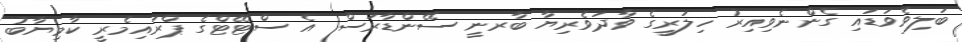
ބަލިވެވަޑައި ގެންނެވިއިރު ހިލަރީގެ ވާދަވެރިޔާ ބާރނީ ސޭންޑާރަސް އެ ސްޓޭޓްގެ ޕްރައިމެރީ ކާމިޔާބު